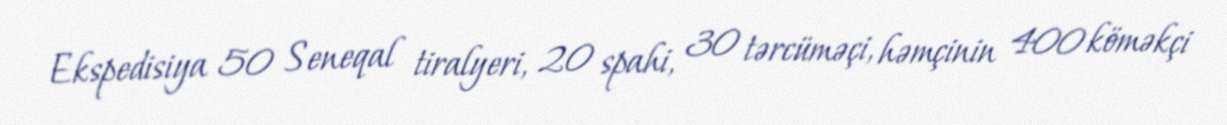
Ekspedisiya 50 Seneqal tiralyeri, 20 spahi, 30 tərcüməçi, həmçinin 400 köməkçi